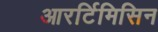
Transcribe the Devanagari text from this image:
आरर्टिमिसिन